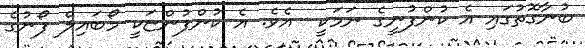
ބުނާގޮތުގައި އެ ކުންފުނީގެ ނަމަކީ  އެވެ. އެ ކުންފުންޏަކީ މޯބައިލް ފޯނުގެ